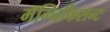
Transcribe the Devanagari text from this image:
मॅग्निफिसन्ट